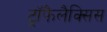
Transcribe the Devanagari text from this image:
ट्रॉफैलैक्सिस